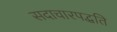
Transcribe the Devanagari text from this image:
सदाचारपद्धति